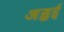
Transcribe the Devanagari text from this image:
अड्डई